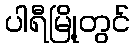
ပါရီမြို့တွင်